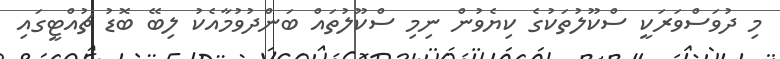
މި ދުވަސްވަރަކީ ސްކޫލުތަކުގެ ކިޔެވުން ނިމި ސްކޫލުތައް ބަންދުވުމާއެކު ލިބޭ ބޮޑު ޗުއްޓީގައި